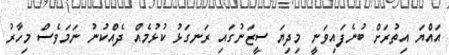
އައްޔަ އިތުރަށް ބުނެފައިވަނީ މިދިޔަ ސީޒަނުގައި ރަނގަޅު ކުޅުމެއް ދެއްކުނު ނަމަވެސް މިހާރު